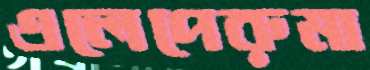
এলেপেরুমা